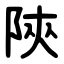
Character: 陝